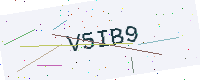
Text: V5IB9